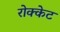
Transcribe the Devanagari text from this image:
रोक्केट